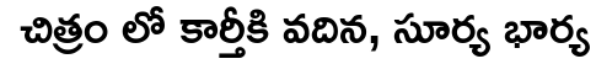
చిత్రం లో కార్తీకి వదిన, సూర్య భార్య